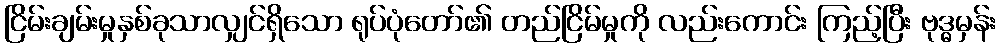
ငြိမ်းချမ်းမှုနှစ်ခုသာလျှင်ရှိသော ရုပ်ပုံတော်၏ တည်ငြိမ်မှုကို လည်းကောင်း ကြည့်ပြီး ဗုဒ္ဓမှန်း